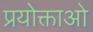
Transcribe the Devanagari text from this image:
प्रयोक्ताओ